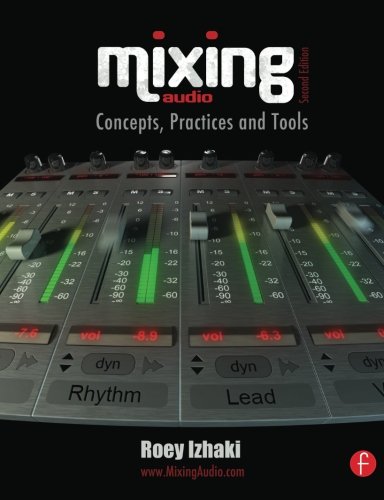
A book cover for Mixing Audio 2e; Roey Izhaki; Arts & Photography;